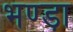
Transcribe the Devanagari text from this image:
भण्ड़ा